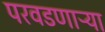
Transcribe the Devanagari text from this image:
परवडणाऱ्या